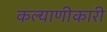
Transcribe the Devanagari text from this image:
कल्याणीकारी